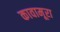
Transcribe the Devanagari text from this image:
कावामूरा